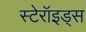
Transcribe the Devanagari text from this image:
स्टेरॉइड्स